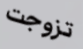
تزوجت